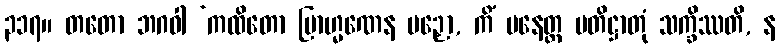
၃၁၇။ တတော ဘဂဝါ ‘ကထိတော ဗြာဟ္မဏေန ပဉှော, ကိံ ပနေတ္ထ ပတိဋ္ဌာတုံ သက္ခိဿတိ, န